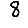
Digit: 8